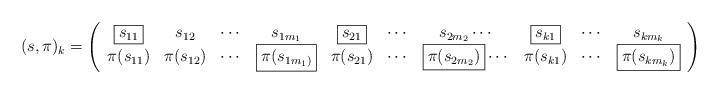
LaTeX: \begin{align*}(s,\pi)_k=\left(\begin{array}{ccccccccccc}\boxed{s_{11}} & s_{12} & \cdots & s_{1m_1} & \boxed{s_{21}}&\cdots &s_{2m_2}\cdots &\boxed{s_{k1}}& \cdots & s_{km_k}\\\pi(s_{11})&\pi(s_{12})&\cdots & {\boxed{\pi(s_{1m_1)}}}& \pi(s_{21}) & \cdots & \boxed{\pi(s_{2m_2})}\cdots & \pi(s_{k1}) & \cdots & \boxed{\pi(s_{km_k})}\end{array}\right)\end{align*}